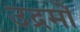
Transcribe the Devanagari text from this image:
उद्रमों